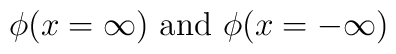
\phi (x=\infty )\textrm{ and }\phi (x=-\infty )